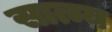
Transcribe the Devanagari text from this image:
सात्म्य